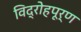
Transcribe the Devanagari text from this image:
विद्रोहपूर्ण